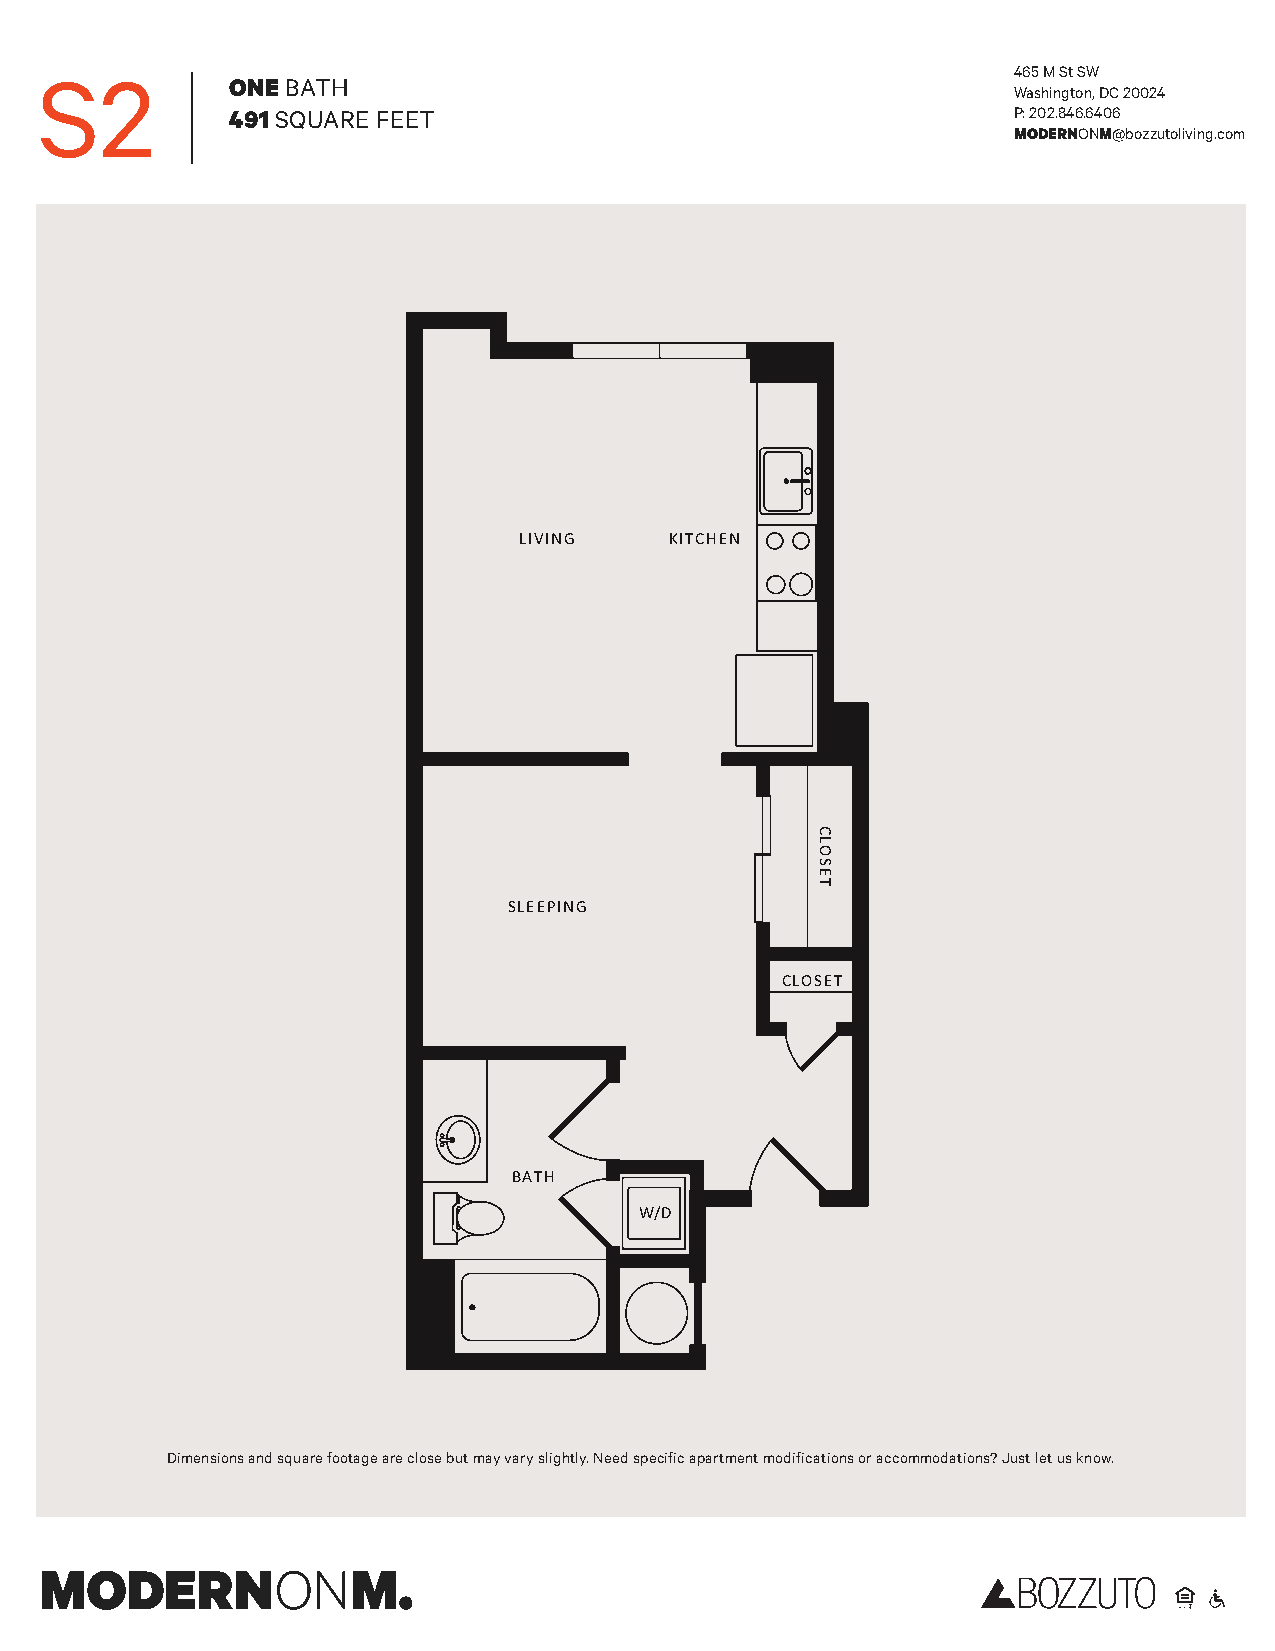
S2                                                              465MStSW
 ONEBATH
 Washington,DC20024
 491SQUARE FEET                                      P:202.846.6406
 MODERNONM@bozzutoliving.com
 LIVING    KITCHEN
 SLEEPING
 CLOSET
 BATH
 W/D
 Dimensionsandsquarefootageareclosebutmayvaryslightly.Needspecificapartmentmodificationsoraccommodations?Justletusknow.
 CLOSET